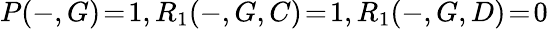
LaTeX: P(-,G)\! =\! 1,R_{1}(-,G,C)\! =\! 1,R_{1}(-,G,D)\! =\! 0